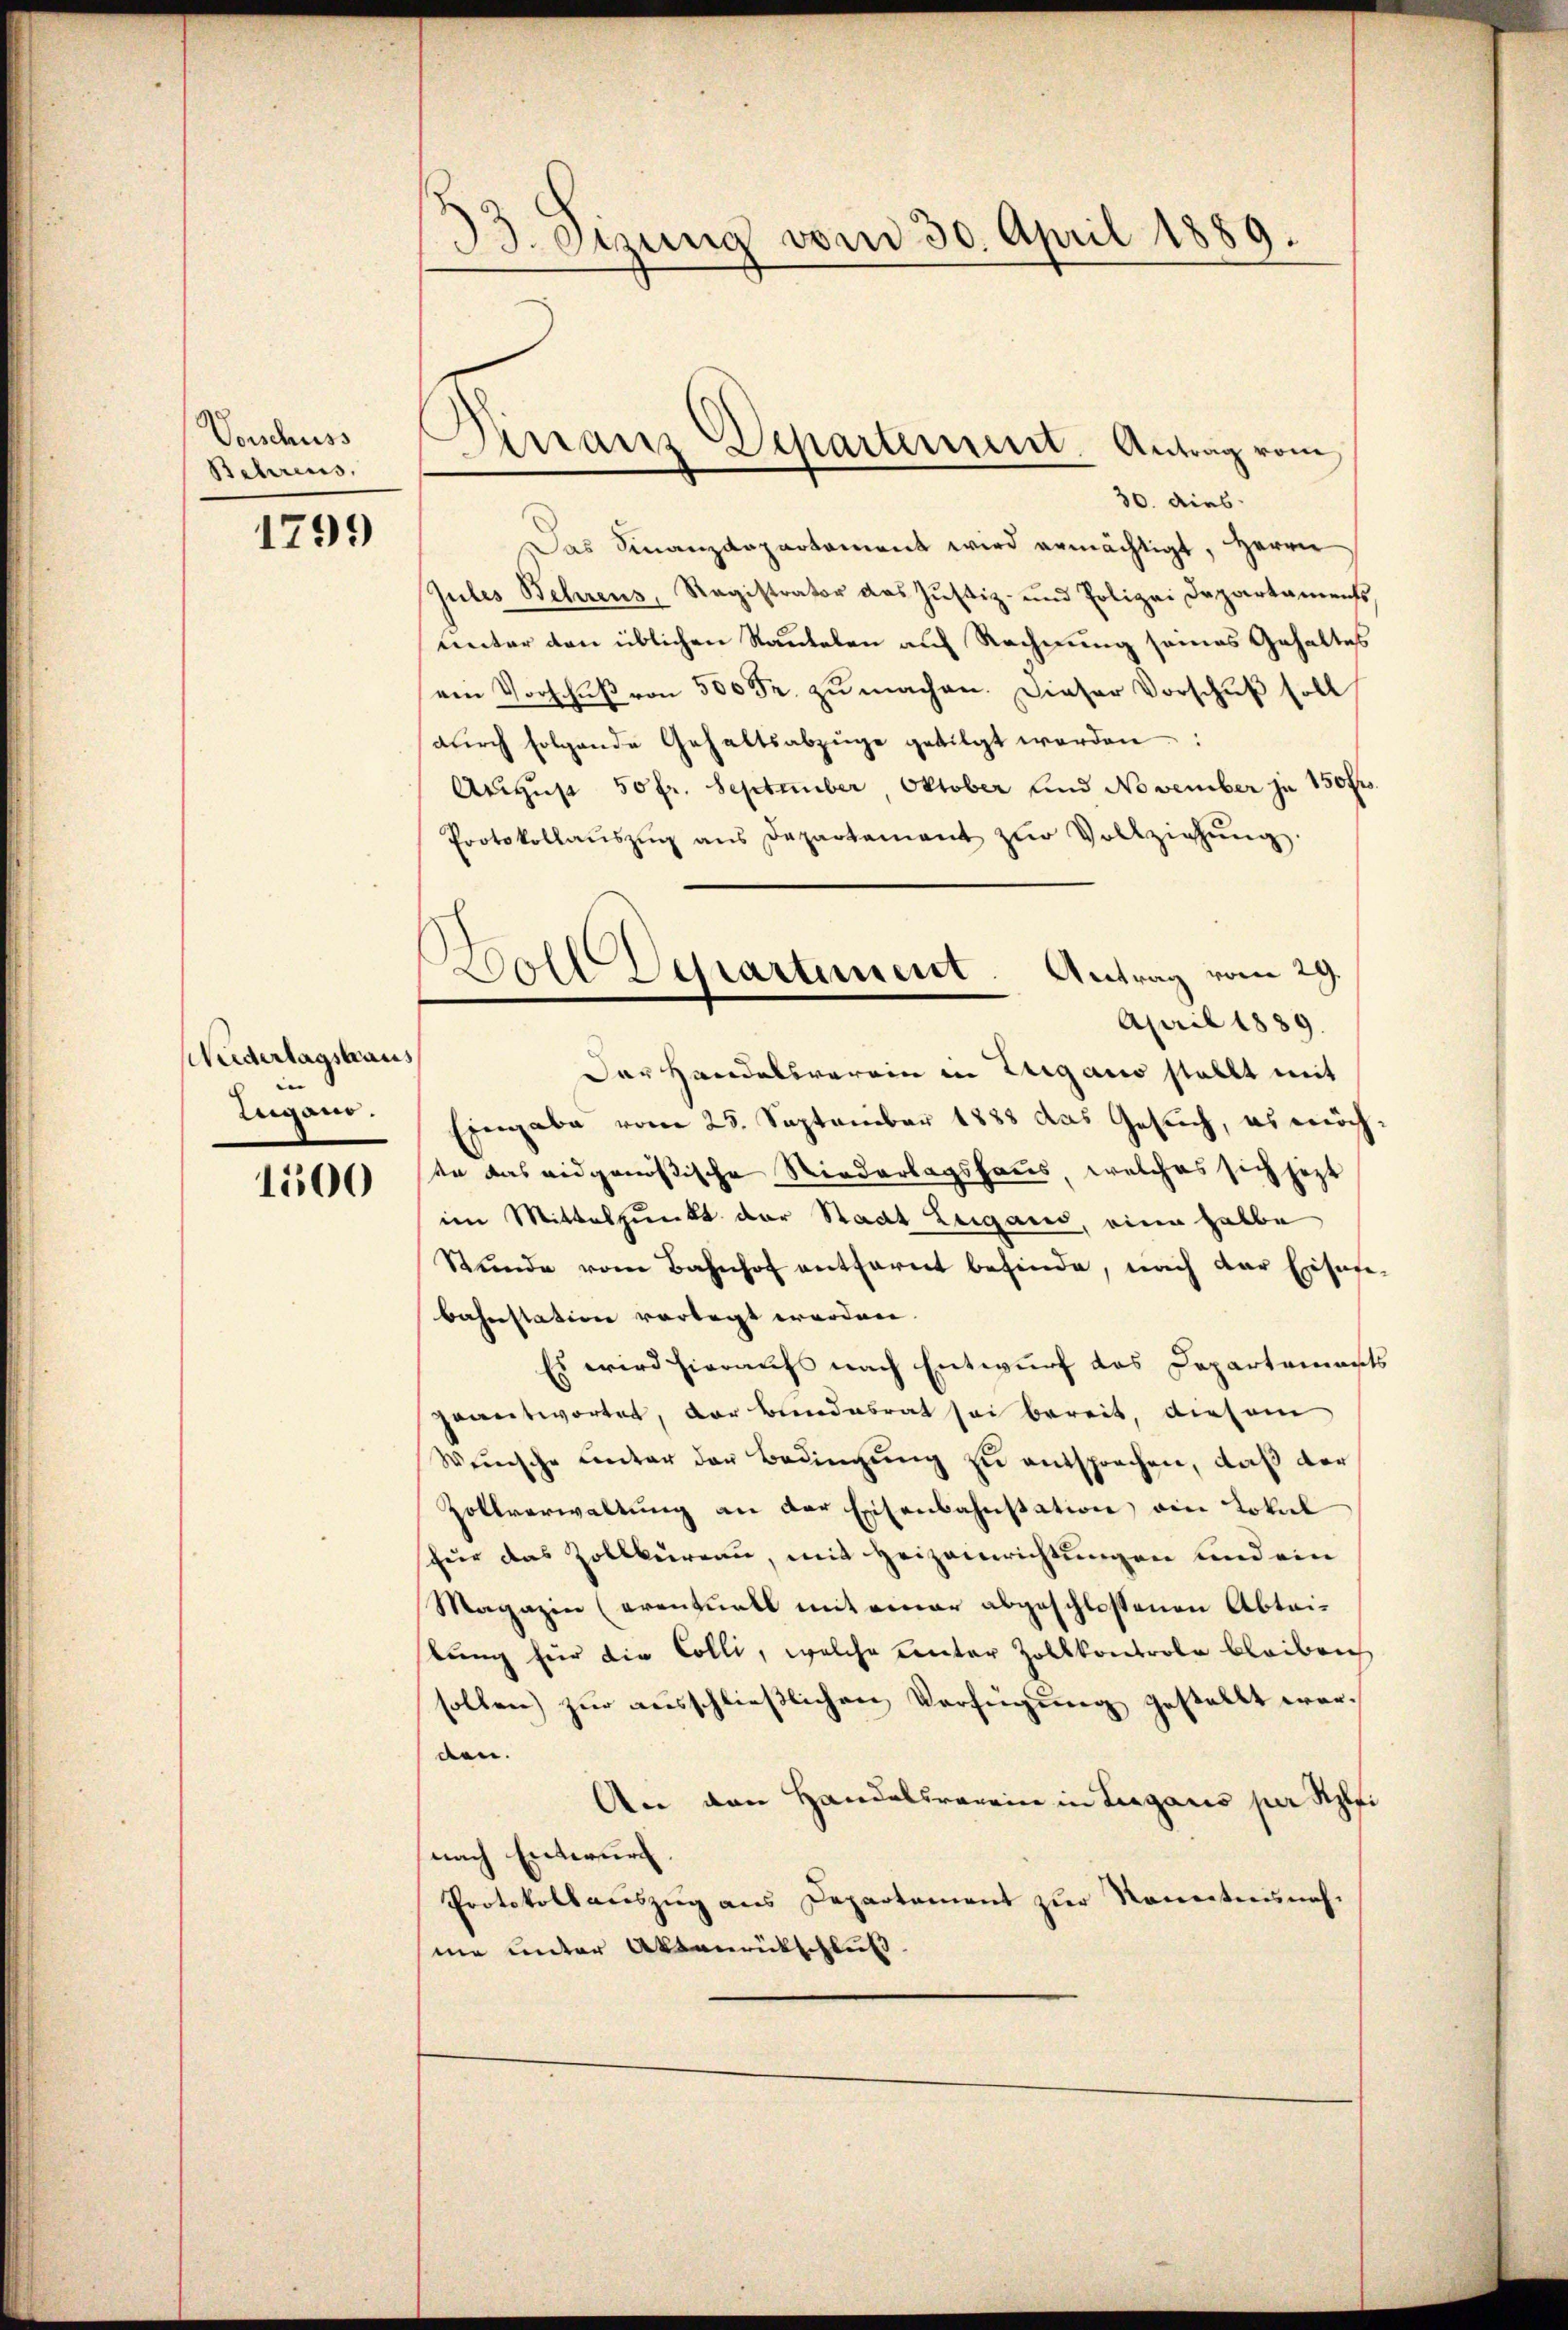
Vorschuss
Behrens.

1799

Niederlagshaus
e
Lugano.

1500

33. Sitzung vom 30. April 1889.

Dinanz-Departement. Antrag vom

30. dies
Das Finanzdepartament wird ermächtigt, Herrn
Jules Behrens, Registrator das Justiz- und Polizei Departaments,
unter den üblichen Rautelen auf Rechnung seines Gehaltes
am Vorschŭβ von 500 Fr. zŭ machen. Dieser Vorschuß soll
dŭrch folgende Gehaltsabzüge getilgt werden:
August 50 fr. September, Oktober und November je 150 fr
Protokollaŭszŭg ans Departament zŭr Vollziehŭng.
Der Handelsverein in Zugano stellt mit
Eingabe vom 25. September 1888 das Gesuch, es möch
tn das eidgenößische Niederlagshaus, welches sich jetzt
im Mittelpunkt der Stadt Lugano, eine halbe
Stŭnde vom Bahnhof entfernt befinde, nach der Einsere
bahnstation vorlegt worden.
Es wird hieraufs nach Entwurf das Departemes
geantwortet, der Bundesrat sei bereit, diesem
Weṅische unter der Bedingŭng zu entsprechen, daß der
Zollverwaltung an der Eisenbahnstation, ein Lokal
für das Zollkureau, mit Heizeirichtungen und ein
Magazin (eventuell mit einer abgeschlossenen Abtaibung für die Colli, welche unter Zollkontrole bleiben
sollen) zur ausschließlichen Verfügung gestellt werden.
An den Handelsrarein in Liegauis per Spi
nach Entwurf.
Protokollauszug aus Departement zur Romentnisnahmne unter Aktenrütschluß

Woll Verartement. Antrag vom 29.
April 1889.